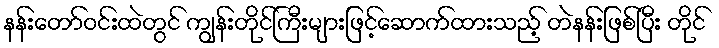
နန်းတော်ဝင်းထဲတွင် ကျွန်းတိုင်ကြီးများဖြင့်ဆောက်ထားသည့် တဲနန်းဖြစ်ပြီး တိုင်